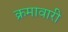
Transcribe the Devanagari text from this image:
क्रमावारी